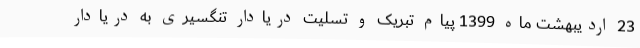
23 اردیبهشت ماه 1399 پیام تبریک و تسلیت دریادار تنگسیری به دریادار